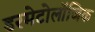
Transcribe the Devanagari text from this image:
डरमेटोलॉजिक